Report of the veterinary officer investigating camel disease
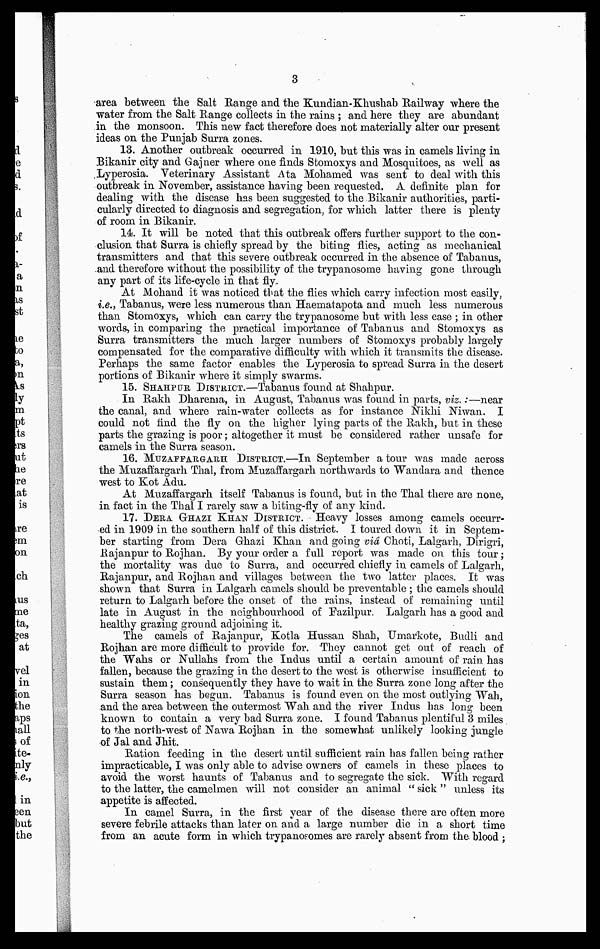
3
area between the Salt Range and the Kundian-Khushab Railway where the
water from the Salt Range collects in the rains ; and here they are abundant
in the monsoon. This new fact therefore does not materially alter our present
ideas on the Punjab Surra zones.
13. Another outbreak occurred in 1910, but this was in camels living in
Bikanir city and Gajner where one finds Stomoxys and Mosquitoes, as well as
Lyperosia. Veterinary Assistant Ata Mohamed was sent to deal with this
outbreak in November, assistance having been requested, A definite plan for
dealing with the disease has been suggested to the Bikanir authorities, parti-
cularly directed to diagnosis and segregation, for which latter there is plenty
of room in Bikanir.
14. It will be noted that this outbreak offers further support to the con-
clusion that Surra is chiefly spread by the biting flies, acting as mechanical
transmitters and that this severe outbreak occurred in the absence of Tabanus,
and therefore without the possibility of the trypanosome having gone through
any part of its life-cycle in that fly.
At Mohand it was noticed that the flies which carry infection most easily,
i.e., Tabanus, were less numerous than Haematapota and much less numerous
than Stomoxys, which can carry the trypanosome but with less ease ; in other
words, in comparing the practical importance of Tabanus and Stomoxys as
Surra transmitters the much larger numbers of Stomoxys probably largely
compensated for the comparative difficulty with which it transmits the disease.
Perhaps the same factor enables the Lyperosia to spread Surra in the desert
portions of Bikanir where it simply swarms.
15. SHAHPUR DISTRICT.—Tabanus found at Shahpur.
In Rakh Dharema, in August, Tabanus was found in parts, viz.:—near
the canal, and where rain-water collects as for instance Nikhi Niwan. I
could not find the fly on the higher lying parts of the Rakh, but in these
parts the grazing is poor ; altogether it must be considered rather unsafe for
camels in the Surra season.
16. MUZAFFARGARH DISTRICT.—In September a tour was made across
the Muzaffargarh Thal, from Muzaffargarh northwards to Wandara and thence
west to Kot Adu.
At Muzaffargarh itself Tabanus is found, but in the Thal there are none,
in fact in the Thal I rarely saw a biting-fly of any kind.
17. DERA GHAZI KHAN DISTRICT. Heavy losses among camels occurr-
ed in 1909 in the southern half of this district. I toured down it in Septem-
ber starting from Dera Ghazi Khan and going via Choti, Lalgarh, Dirigri,
Rajanpur to Rojhan. By your order a full report was made on this tour ;
the mortality was due to Surra, and occurred chiefly in camels of Lalgarh,
Rajanpur, and Rojhan and villages between the two latter places. It was
shown that Surra in Lalgarh camels should be preventable ; the camels should
return to Lalgarh before the onset of the rains, instead of remaining until
late in August in the neighbourhood of Fazilpur. Lalgarh has a good and
healthy grazing ground adjoining it.
The camels of Rajanpur, Kotla Hussan Shah, Umarkote, Budli and
Rojhan are more difficult to provide for. They cannot get out of reach of
the Wahs or Nullahs from the Indus until a certain amount of rain has
fallen, because the grazing in the desert to the west is otherwise insufficient to
sustain them ; consequently they have to wait in the Surra zone long after the
Surra season has begun. Tabanus is found even on the most outlying Wah,
and the area between the outermost Wah and the river Indus has long been
known to contain a very bad Surra zone. I found Tabanus plentiful 3 miles
to the north-west of Nawa Rojhan in the somewhat unlikely looking jungle
of Jal and Jhit.
Ration feeding in the desert until sufficient rain has fallen being rather
impracticable, I was only able to advise owners of camels in these places to
avoid the worst haunts of Tabanus and to segregate the sick. "With regard
to the latter, the camelmen will not consider an animal " sick " unless its
appetite is affected.
In camel Surra, in the first year of the disease there are often more
severe febrile attacks than later on and a large number die in a short time
from an acute form in which trypanosomes are rarely absent from the. blood ;